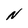
Character: N